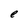
Character: e